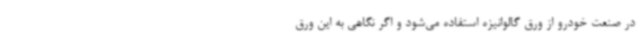
در صنعت خودرو از ورق گالوانیزه استفاده می‌شود و اگر نگاهی به این ورق